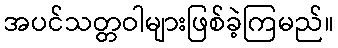
အပင်သတ္တဝါများဖြစ်ခဲ့ကြမည်။